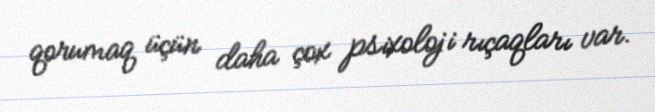
qorumaq üçün daha çox psixoloji rıçaqları var.